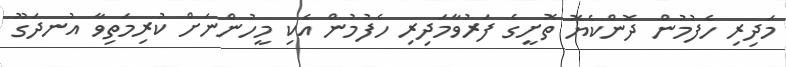
މަދިރި ހެފުމުން ދޮންކެޔޮ ތޮށީގެ ފަރުވާމަދިރި ހެފުމުން އެކި މީހުންނަށް ކުރިމަތިވާ އުނދަގޫ